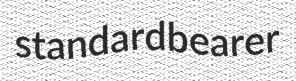
standardbearer